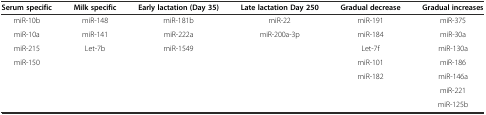
<table><thead><tr><td><b>Serum specific</b></td><td><b>Milk specific</b></td><td><b>Early lactation (Day 35)</b></td><td><b>Late lactation Day 250</b></td><td><b>Gradual decrease</b></td><td><b>Gradual increases</b></td></tr></thead><tbody><tr><td>miR-10b</td><td>miR-148</td><td>miR-181b</td><td>miR-22</td><td>miR-191</td><td>miR-375</td></tr><tr><td>miR-10a</td><td>miR-141</td><td>miR-222a</td><td>miR-200a-3p</td><td>miR-184</td><td>miR-30a</td></tr><tr><td>miR-215</td><td>Let-7b</td><td>miR-1549</td><td></td><td>Let-7f</td><td>miR-130a</td></tr><tr><td rowspan="4">miR-150</td><td rowspan="4"></td><td rowspan="4"></td><td rowspan="4"></td><td>miR-101</td><td>miR-186</td></tr><tr><td>miR-182</td><td>miR-146a</td></tr><tr><td rowspan="2"></td><td>miR-221</td></tr><tr><td>miR-125b</td></tr></tbody></table>